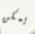
يمكن